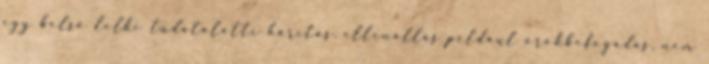
egy belső lelki tudatalatti hárítás, ellenállás például örökbefogadás, nem